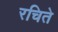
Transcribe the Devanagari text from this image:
रचिते